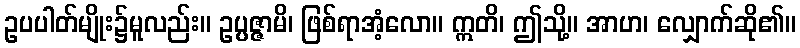
ဥပပါတ်မျိုး၌မူလည်း။ ဥပ္ပဇ္ဇာမိ၊ ဖြစ်ရာအံ့လော။ ဣတိ၊ ဤသို့။ အာဟ၊ လျှောက်ဆို၏။